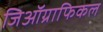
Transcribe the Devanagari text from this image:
जिऑग्राफिकल